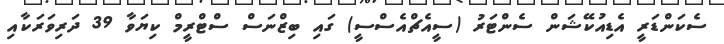
ސެކަންޑަރީ އެޑިއުކޭޝަން ސެންޓަރު (ސީއެޗްއެސްސީ) ގައި ބިޒްނަސް ސްޓްރީމް ކިޔަވާ 39 ދަރިވަރަކާއި